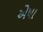
એષા